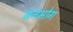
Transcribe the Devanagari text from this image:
मनभोग